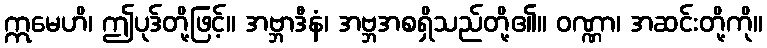
ဣမေဟိ၊ ဤပုဒ်တို့ဖြင့်။ အဗ္ဘာဒီနံ၊ အဗ္ဘအစရှိသည်တို့၏။ ဝဏ္ဏာ၊ အဆင်းတို့ကို။